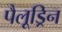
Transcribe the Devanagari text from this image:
पैलूड्रिन